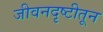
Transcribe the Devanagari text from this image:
जीवनदृष्टीतून